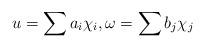
LaTeX: \begin{align*} u=\sum a_i \chi_i, \omega=\sum b_j\chi_j \end{align*}